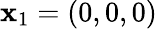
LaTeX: \mathbf{x}_{1}=(0,0,0)